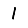
Digit: 1